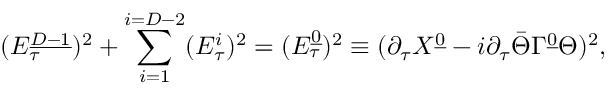
( { \cal E } _ { \tau } ^ { \underline { { { D - 1 } } } } ) ^ { 2 } + \sum _ { i = 1 } ^ { i = D - 2 } ( { \cal E } _ { \tau } ^ { i } ) ^ { 2 } = ( { \cal E } _ { \tau } ^ { \underline { { 0 } } } ) ^ { 2 } \equiv ( \partial _ { \tau } X ^ { \underline { { 0 } } } - i \partial _ { \tau } \bar { \Theta } \Gamma ^ { \underline { { 0 } } } \Theta ) ^ { 2 } ,